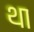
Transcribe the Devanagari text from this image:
था